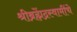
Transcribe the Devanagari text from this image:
श्रीब्रह्मेंद्रस्वामींचे